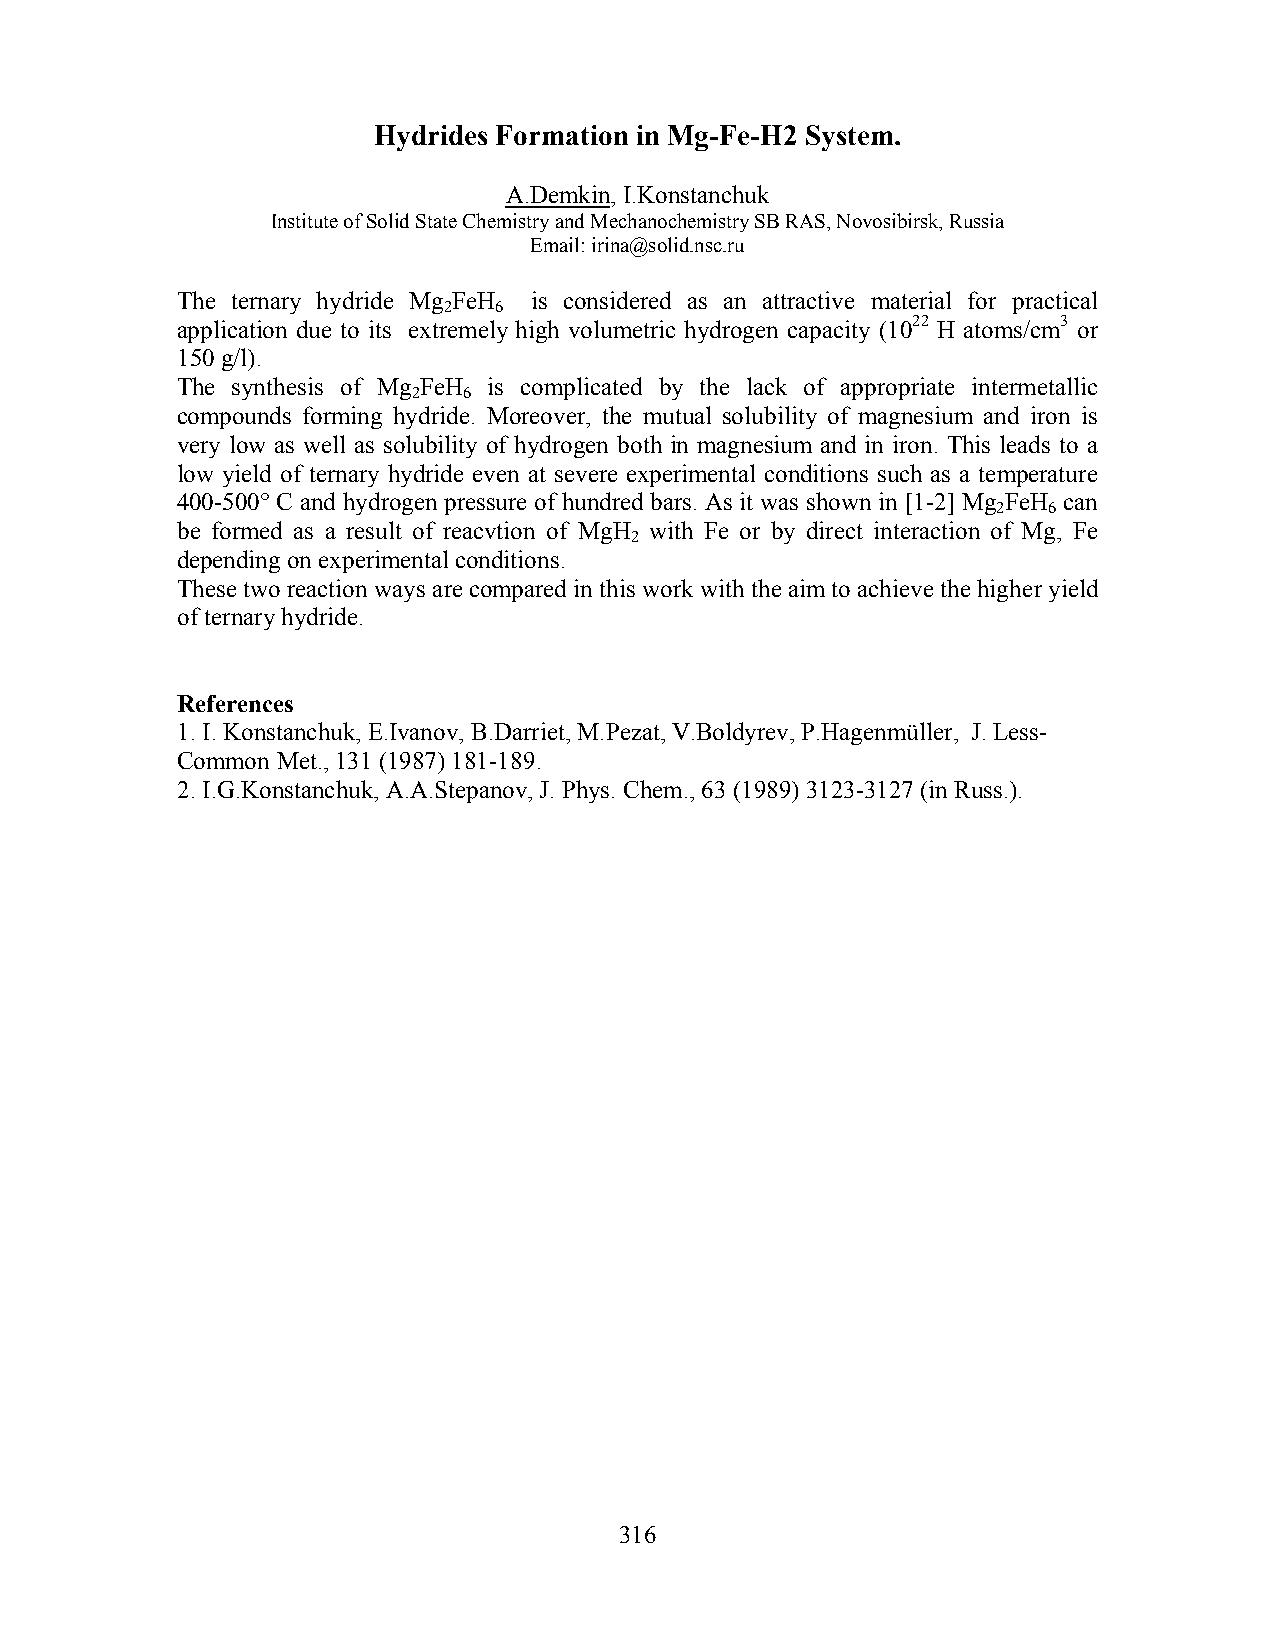
Hydrides Formation in Mg-Fe-H2 System.
 A.Demkin, I.Konstanchuk
 Institute of Solid State Chemistry and Mechanochemistry SB RAS, Novosibirsk, Russia
 Email: irina@solid.nsc.ru
 The ternary hydride Mg FeH is considered as an attractive material for practical
 2   6
 application due to its extremely high volumetric hydrogen capacity (1022 H atoms/cm3 or
 150 g/l).
 The synthesis of Mg FeH is complicated by the lack of appropriate intermetallic
 2   6
 compounds forming hydride. Moreover, the mutual solubility of magnesium and iron is
 very low as well as solubility of hydrogen both in magnesium and in iron. This leads to a
 low yield of ternary hydride even at severe experimental conditions such as a temperature
 400-500° C and hydrogen pressure of hundred bars. As it was shown in [1-2] Mg FeH can
 2  6
 be formed as a result of reacvtion of MgH with Fe or by direct interaction of Mg, Fe
 2
 depending on experimental conditions.
 These two reaction ways are compared in this work with the aim to achieve the higher yield
 of ternary hydride.
 References
 1. I. Konstanchuk, E.Ivanov, B.Darriet, M.Pezat, V.Boldyrev, P.Hagenmüller, J. Less-
 Common Met., 131 (1987) 181-189.
 2. I.G.Konstanchuk, A.A.Stepanov, J. Phys. Chem., 63 (1989) 3123-3127 (in Russ.).
 316